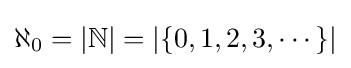
\aleph _{0}=|\mathbb {N} |=|\{0,1,2,3,\cdots \}|